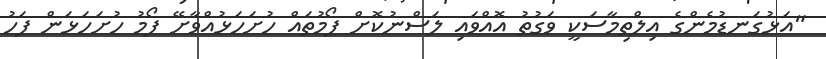
"އަޅުގަނޑުމެންގެ އިލްތިމާސަކީ ވަގުތު އޮއްވައި ލަސްނުކޮށް ފޯމުތައް ހުށަހަޅުއްވާށޭ ފޯމު ހުށަހަޅަން ފަހު